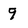
Character: 9